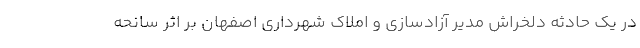
در یک حادثه دلخراش مدیر آزادسازی و املاک شهرداری اصفهان بر اثر سانحه